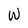
Character: W